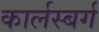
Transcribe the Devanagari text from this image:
कार्लस्बर्ग